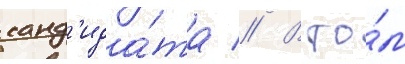
канд'ида́та // В то́м